Leningradi_Edasi_toimetus, lk 32
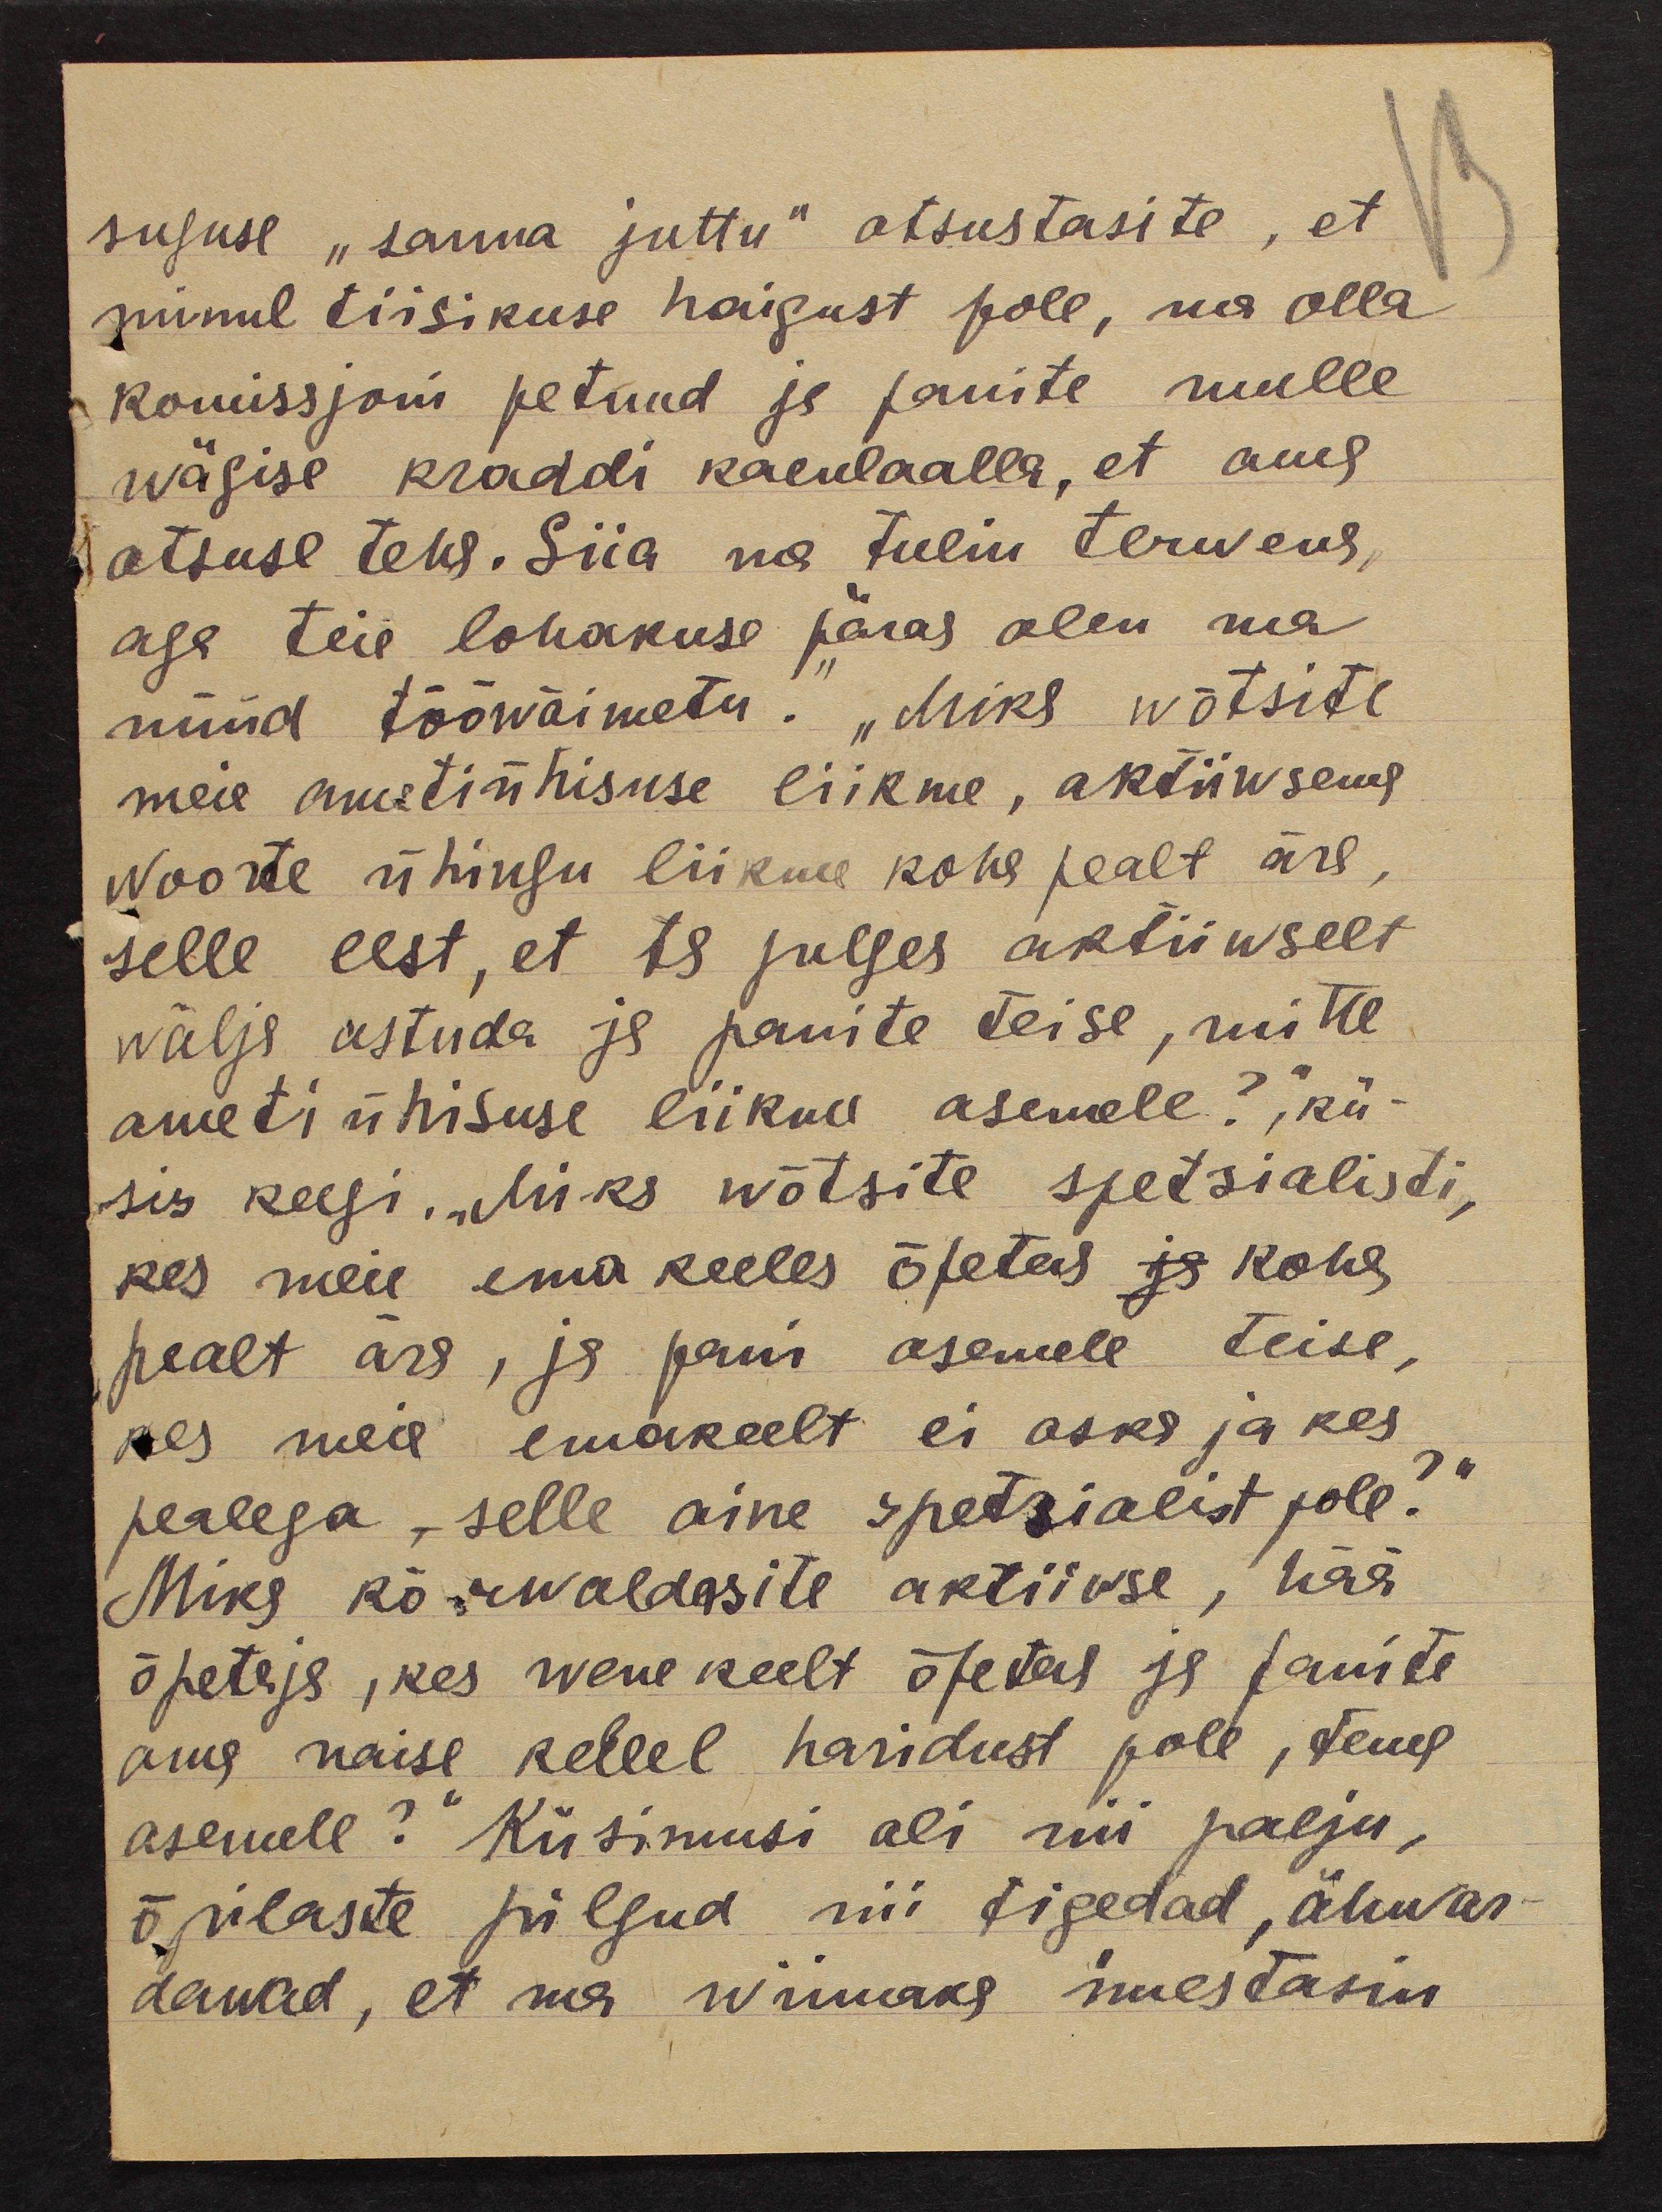
suguse "sauna juttu" otsustasite, et
minul tiisikuse haigust pole, ma olla
komissjoni petnud ja panite mulle
wägise kraadi kaenlaalla, et oma
otsuse teha. Siia ma tulin terwena,
aga teie lohakuse päras olen ma
nüüd tööwõimetu." "Miks wõtsite
meie ametiühisuse liikme, aktiiwsema
noorte ühingu liikme koha pealt ära,
selle eest, et ta julges aktiiwselt
wälja astuda ja panite teise, mitte
ameti ühisuse liikme asemele?“, kü-
sis keegi. "Miks wõtsite spetsialisti,
kes meie ema keeles õpetes ja koha
pealt ära, ja pani asemele teise,
kes meie emakeelt ei oska ja kes
pealega, selle aine spetsialist pole?“
Miks kõrwaldasite aktiiwse, hää
õpetaja, kes wene keelt õpetas ja panite
oma naise kellel haridust pole, tema
asemele?" Küsimusi oli nii palju,
õpilaste pilgud nii tigedad, ähwar-
dawad, et ma wiimaks imestasin